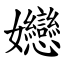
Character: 㜻